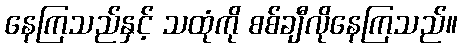
နေကြသည်နှင့် သထုံကို စစ်ချီလိုနေကြသည်။